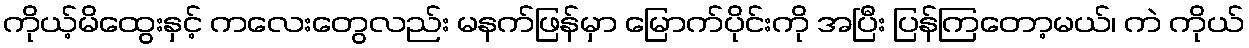
ကိုယ့်မိထွေးနှင့် ကလေးတွေလည်း မနက်ဖြန်မှာ မြောက်ပိုင်းကို အပြီး ပြန်ကြတော့မယ်၊ ကဲ ကိုယ်